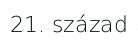
21. század